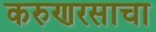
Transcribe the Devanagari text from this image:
करुणरसाचा